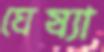
ঘেষ্যা